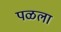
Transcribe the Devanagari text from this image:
पळला